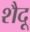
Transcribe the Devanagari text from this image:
शैदू